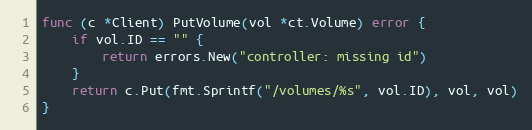
Language: Go
func (c *Client) PutVolume(vol *ct.Volume) error {
	if vol.ID == "" {
		return errors.New("controller: missing id")
	}
	return c.Put(fmt.Sprintf("/volumes/%s", vol.ID), vol, vol)
}